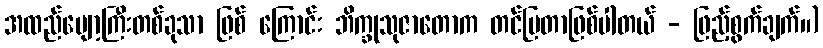
အထည်ပျော့ကြီးတစ်ခုသာ ဖြစ် ကြောင်း ဘိက္ခုသုဇာတောက တင်ပြတာဖြစ်ပါတယ် - ဖြည့်စွက်ချက်။)